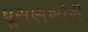
ઘૂસણખોરી